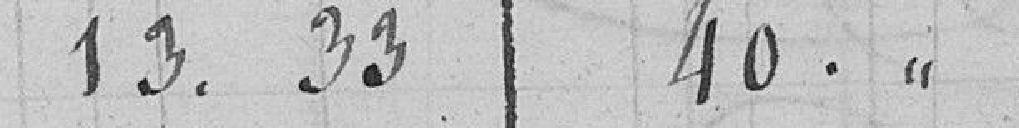
13.33 40.